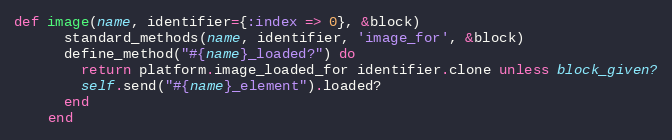
Language: Ruby
def image(name, identifier={:index => 0}, &block)
      standard_methods(name, identifier, 'image_for', &block)
      define_method("#{name}_loaded?") do
        return platform.image_loaded_for identifier.clone unless block_given?
        self.send("#{name}_element").loaded?
      end
    end